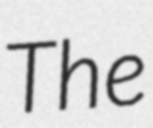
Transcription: The